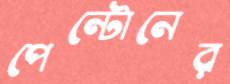
পেন্টোনের